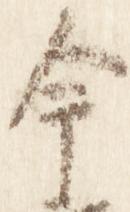
今